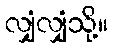
လျှံလျှံသို့။